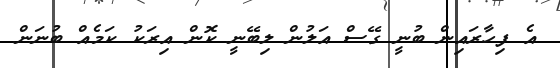
އެ ފިހާރައިން ބުނީ ގޭސް އަލުން ލިބޭނީ ކޮން އިރަކު ކަމެއް ބުނަން